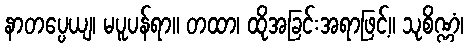
နာတပ္ပေယျ၊ မပူပန်ရာ။ တထာ၊ ထိုအခြင်းအရာဖြင့်။ သုစိဏ္ဏံ၊